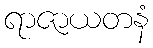
ရာဇာယတနံ